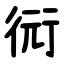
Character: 衏